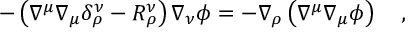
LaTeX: - \left( \nabla ^ { \mu } \nabla _ { \mu } \delta _ { \rho } ^ { \nu } - R _ { \rho } ^ { \nu } \right) \nabla _ { \nu } \phi = - \nabla _ { \rho } \left( \nabla ^ { \mu } \nabla _ { \mu } \phi \right) ~ ~ ~ ,